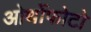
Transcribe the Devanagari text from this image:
ओर्थोफोटो